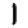
Digit: 1